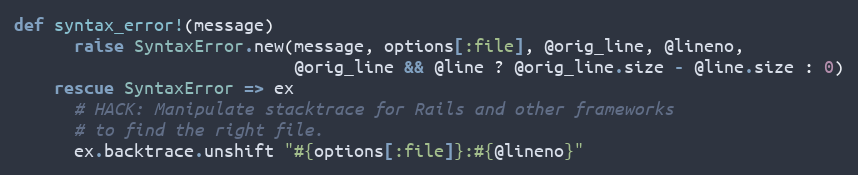
Language: Ruby
def syntax_error!(message)
      raise SyntaxError.new(message, options[:file], @orig_line, @lineno,
                            @orig_line && @line ? @orig_line.size - @line.size : 0)
    rescue SyntaxError => ex
      # HACK: Manipulate stacktrace for Rails and other frameworks
      # to find the right file.
      ex.backtrace.unshift "#{options[:file]}:#{@lineno}"